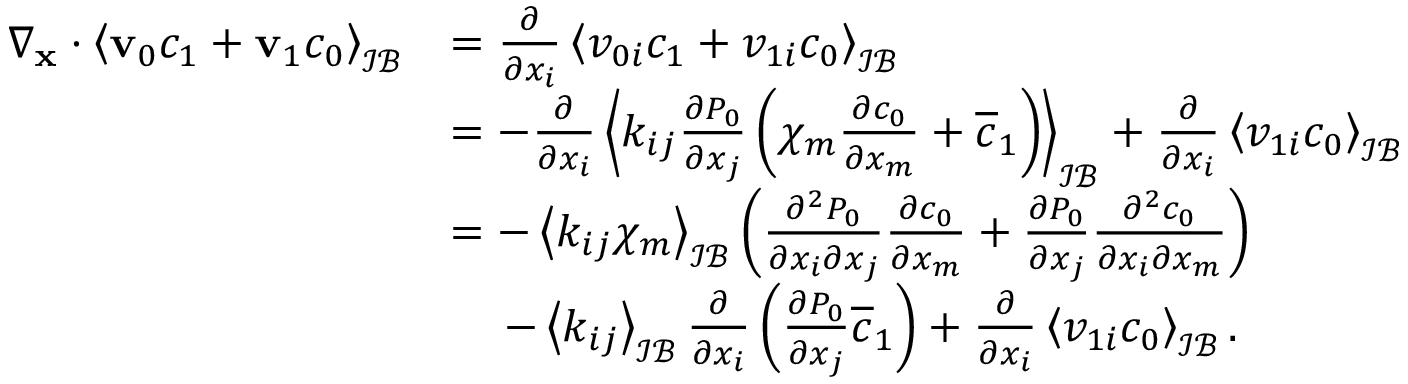
\begin{array} { r l } { \nabla _ { \mathbf x } \cdot \left\langle \mathbf v _ { 0 } c _ { 1 } + \mathbf v _ { 1 } c _ { 0 } \right\rangle _ { \mathcal { I B } } } & { = \frac { \partial } { \partial x _ { i } } \left\langle v _ { 0 i } c _ { 1 } + v _ { 1 i } c _ { 0 } \right\rangle _ { \mathcal { I B } } } \\ & { = - \frac { \partial } { \partial x _ { i } } \left\langle k _ { i j } \frac { \partial P _ { 0 } } { \partial x _ { j } } \left( \chi _ { m } \frac { \partial c _ { 0 } } { \partial x _ { m } } + \overline { { c } } _ { 1 } \right) \right\rangle _ { \mathcal { I B } } + \frac { \partial } { \partial x _ { i } } \left\langle v _ { 1 i } c _ { 0 } \right\rangle _ { \mathcal { I B } } } \\ & { = - \left\langle k _ { i j } \chi _ { m } \right\rangle _ { \mathcal { I B } } \left( \frac { \partial ^ { 2 } P _ { 0 } } { \partial x _ { i } \partial x _ { j } } \frac { \partial c _ { 0 } } { \partial x _ { m } } + \frac { \partial P _ { 0 } } { \partial x _ { j } } \frac { \partial ^ { 2 } c _ { 0 } } { \partial x _ { i } \partial x _ { m } } \right) } \\ & { \quad \, - \left\langle k _ { i j } \right\rangle _ { \mathcal { I B } } \frac { \partial } { \partial x _ { i } } \left( \frac { \partial P _ { 0 } } { \partial x _ { j } } \overline { { c } } _ { 1 } \right) + \frac { \partial } { \partial x _ { i } } \left\langle v _ { 1 i } c _ { 0 } \right\rangle _ { \mathcal { I B } } . } \end{array}